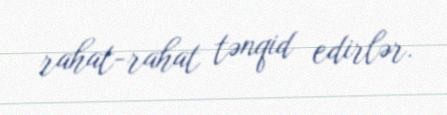
rahat-rahat tənqid edirlər.